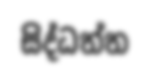
සිද්ධත්ත